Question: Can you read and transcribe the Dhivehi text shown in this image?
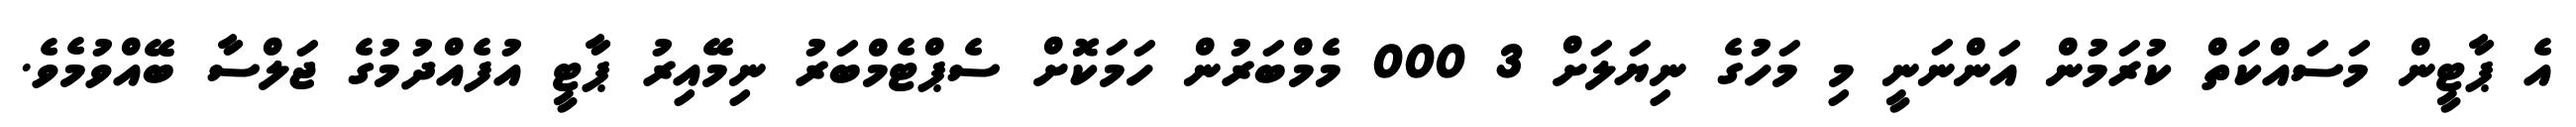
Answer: އެ ޕާޓީން މަސައްކަތް ކުރަމުން އަންނަނީ މި މަހުގެ ނިޔަލަށް 3 000 މެމްބަރުން ހަމަކޮށް ސެޕްޓެމްބަރު ނިމޭއިރު ޕާޓީ އުފެއްދުމުގެ ޖަލްސާ ބޭއްވުމެވެ.